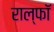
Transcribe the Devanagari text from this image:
राल्फॉ